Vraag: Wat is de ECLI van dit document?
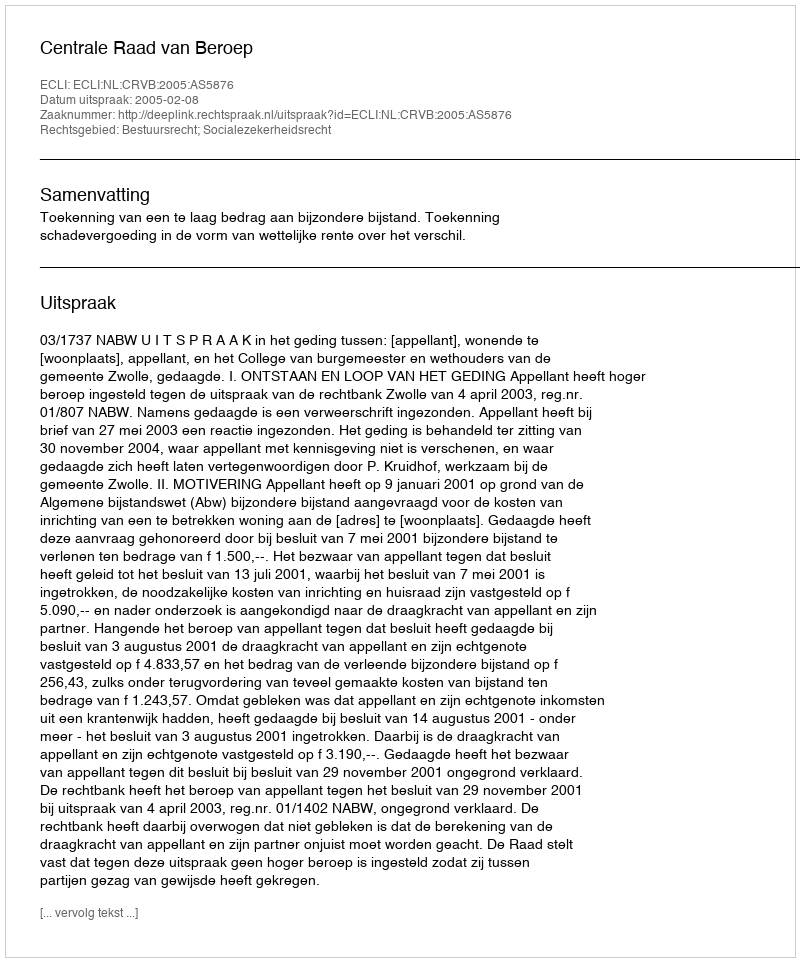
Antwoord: ECLI:NL:CRVB:2005:AS5876